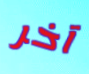
آخر